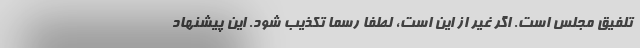
تلفیق مجلس است. اگر غیر از این است، لطفا رسما تکذیب شود. این پیشنهاد